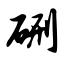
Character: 硎